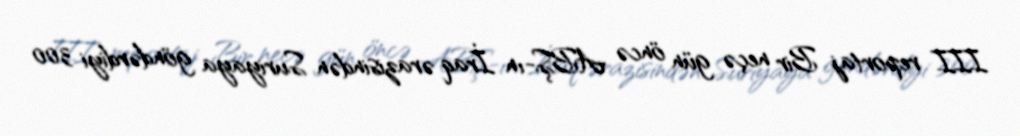
III reportaj Bir neçə gün öncə ABŞ-ın İraq ərazisindən Suriyaya göndərdiyi 300